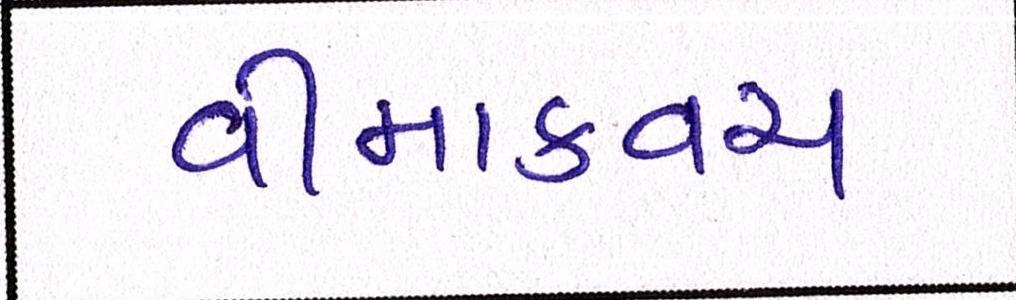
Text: વીમાકવચ